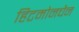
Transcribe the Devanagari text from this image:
हिटमोनचैन